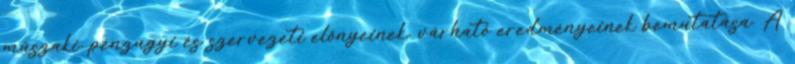
műszaki, pénzügyi és szervezeti előnyeinek, várható eredményeinek bemutatása. A